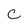
Character: c